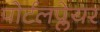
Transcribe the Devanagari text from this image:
पोर्टलप्लेयर